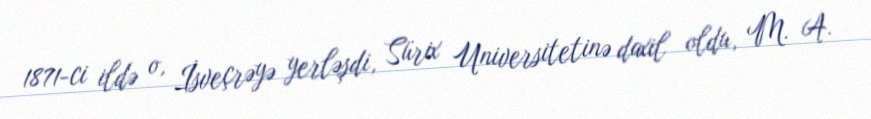
1871-ci ildə o, İsveçrəyə yerləşdi, Sürix Universitetinə daxil oldu, M. A.